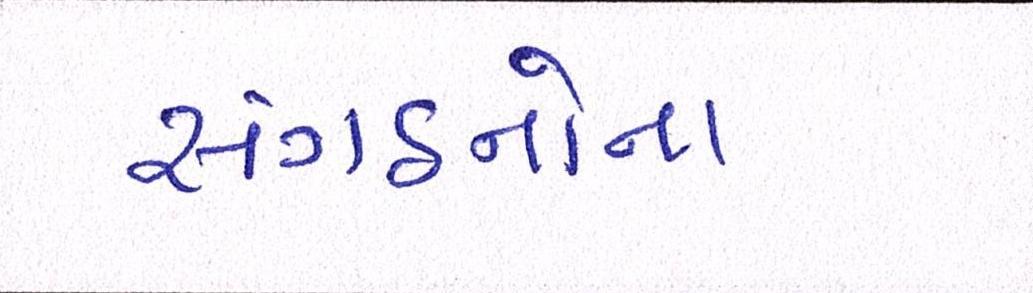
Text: સંગઠનોના